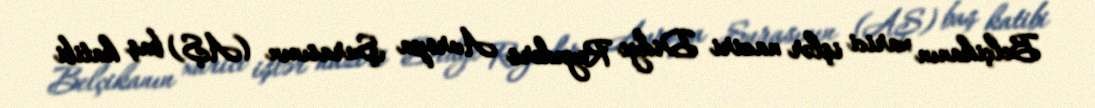
Belçikanın xarici işlər naziri Didye Reynders Avropa Şurasının (AŞ) baş katibi